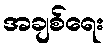
အချစ်ရေး